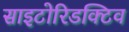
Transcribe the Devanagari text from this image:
साइटोरिडक्टिव